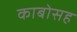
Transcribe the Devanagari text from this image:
काबोसह